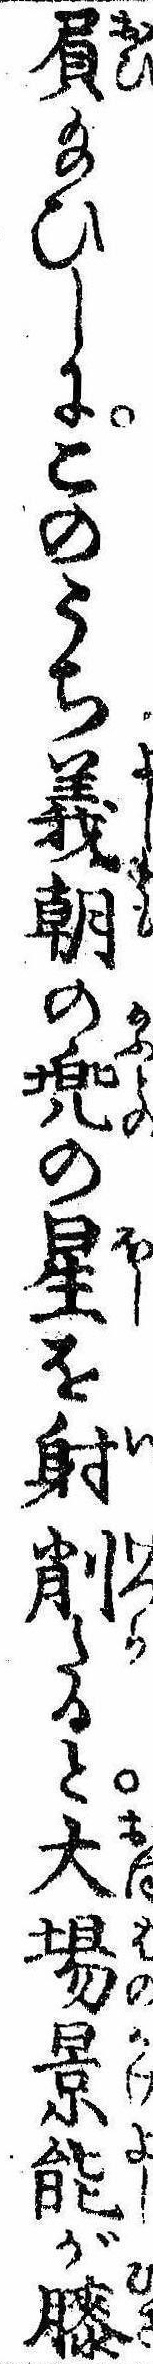
屓給ひしにこのうち義朝の兜の星を射削たると大場景能が膝